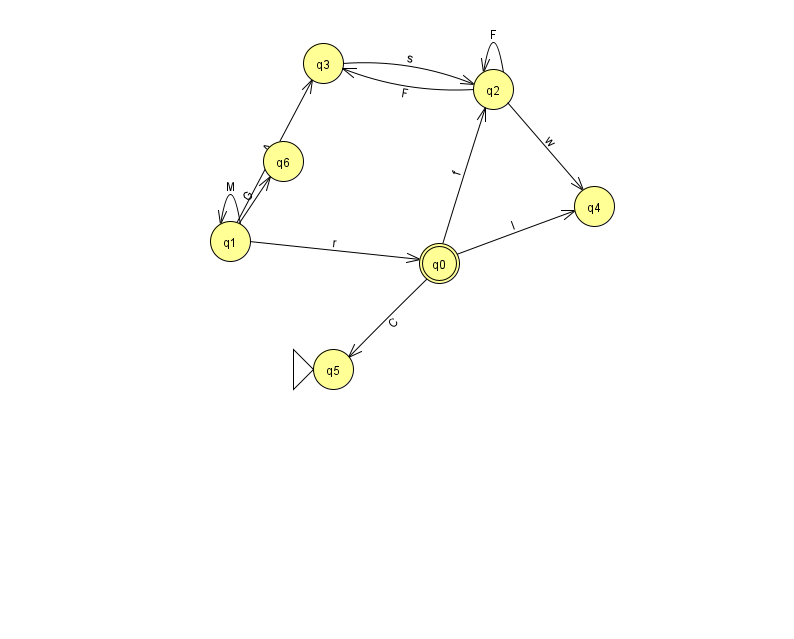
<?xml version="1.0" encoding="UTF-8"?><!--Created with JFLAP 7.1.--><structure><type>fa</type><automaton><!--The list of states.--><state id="0" name="q0"><x>439.0</x><y>250.0</y><final/></state><state id="1" name="q1"><x>230.0</x><y>228.0</y></state><state id="2" name="q2"><x>493.0</x><y>76.0</y></state><state id="3" name="q3"><x>323.0</x><y>50.0</y></state><state id="4" name="q4"><x>594.0</x><y>193.0</y></state><state id="5" name="q5"><x>333.0</x><y>356.0</y><initial/></state><state id="6" name="q6"><x>283.0</x><y>148.0</y></state><!--The list of transitions.--><transition><from>0</from><to>2</to><read>f</read></transition><transition><from>0</from><to>4</to><read>l</read></transition><transition><from>0</from><to>5</to><read>C</read></transition><transition><from>2</from><to>2</to><read>F</read></transition><transition><from>1</from><to>0</to><read>r</read></transition><transition><from>2</from><to>3</to><read>F</read></transition><transition><from>2</from><to>4</to><read>w</read></transition><transition><from>1</from><to>1</to><read>M</read></transition><transition><from>1</from><to>6</to><read>G</read></transition><transition><from>3</from><to>2</to><read>s</read></transition><transition><from>1</from><to>3</to><read>A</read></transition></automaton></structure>